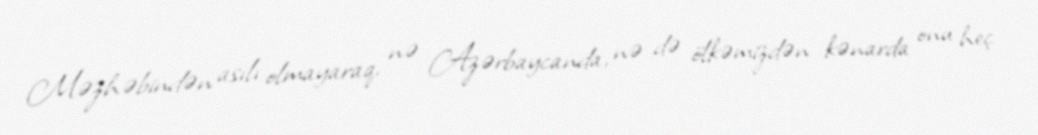
Məzhəbindən asılı olmayaraq, nə Azərbaycanda, nə də ölkəmizdən kənarda onu heç